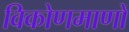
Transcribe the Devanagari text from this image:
विकोणमाणों